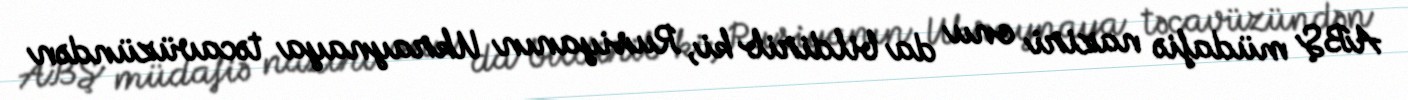
ABŞ müdafiə naziri onu da bildirib ki, Rusiyanın Ukraynaya təcavüzündən